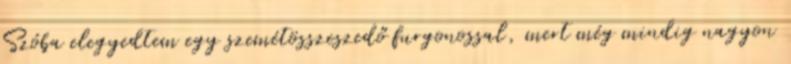
Szóba elegyedtem egy szemétösszeszedő furgonossal, mert még mindig nagyon